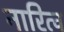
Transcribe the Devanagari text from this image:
नारित्व